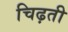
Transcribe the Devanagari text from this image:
चिढ़ती